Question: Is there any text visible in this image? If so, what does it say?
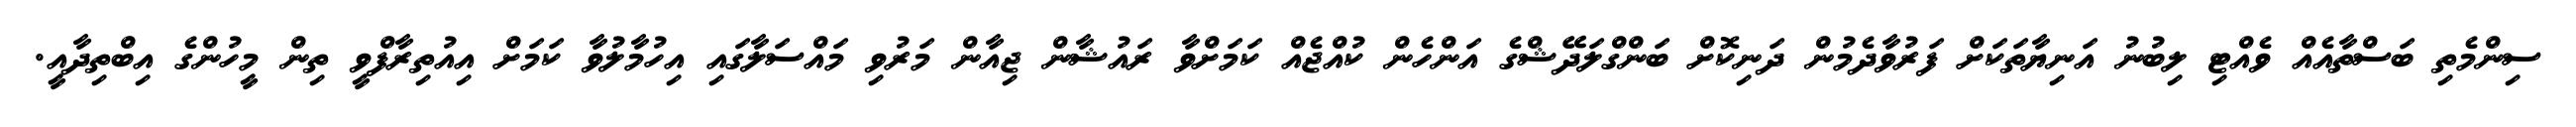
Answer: ސިންމެތި ބަސްތާއެއް ވެއްޓި ލިބުނު އަނިޔާތަކަށް ފަރުވާދެމުން ދަނިކޮށް ބަންގްލަދޭޝްގެ އަންހެން ކުއްޖެއް ކަމަށްވާ ރައުޝާން ޖިއާން މަރުވި މައްސަލާގައި އިހުމާލުވާ ކަމަށް އިއުތިރާފްވީ ތިން މީހުންގެ އިބްތިދާއީ.